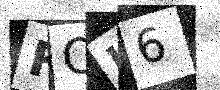
Text: FOK6